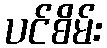
ပင်စိမ်း